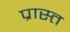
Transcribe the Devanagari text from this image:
प्रास्त